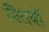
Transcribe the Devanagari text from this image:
मिराबों